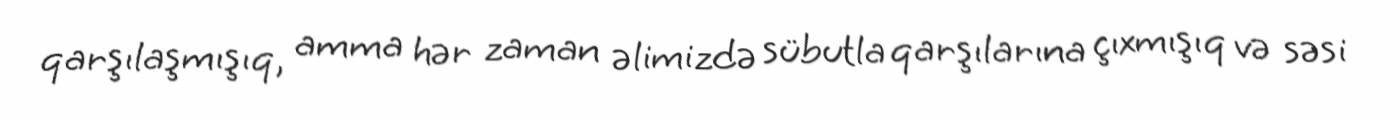
qarşılaşmışıq, amma hər zaman əlimizdə sübutla qarşılarına çıxmışıq və səsi